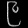
Digit: ၉